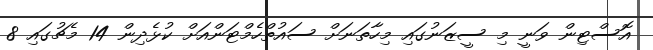
އޮސްޓިން ވަނީ މި ސީޒަނުގައި މިހާތަނަށް ސައުތްހެމްޓަންއަށް ކުޅެދިން 14 މެޗުގައި 8